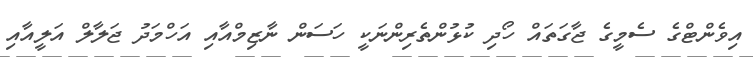
އިވެންޓްގެ ސެމީގެ ޖާގަތައް ހޯދި ކުޅުންތެރިންނަކީ ހަސަން ނާޒިމްއާއި އަހްމަދު ޖަލާލް އަލީއާއި